Cholera in India, 1862 to 1881
Year: 1862
Disease focus: Cholera
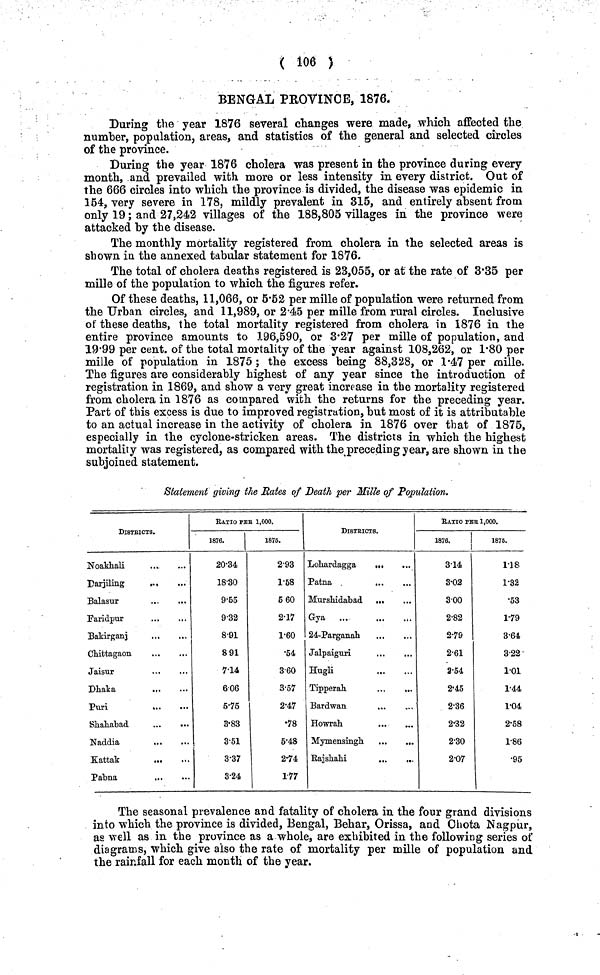
( 106 )
BENGAL PEOVINCE, 1876.
During the year 1876 several changes were made, which affected the
number, population, areas, and statistics of the general and selected circles
of the province.
During the year 1876 cholera was present in the province during every
month, and prevailed with more or less intensity in every district. Out of
the 666 circles into which the province is divided, the disease was epidemic in
154, very severe in 178, mildly prevalent in 315, and entirely absent from
only 19; and 27,242 villages of the 188,805 villages in the province were
attacked by the disease.
The monthly mortality registered from cholera in the selected areas is
shown in the annexed tabular statement for 1876.
The total of cholera deaths registered is 23,055, or at the rate of 3·35 per
mille of the population to which the figures refer.
Of these deaths, 11,066, or 5·52 per mille of population were returned from
the Urban circles, and 11,989, or 2·45 per mille from rural circles. Inclusive
of these deaths, the total mortality registered from cholera in 1876 in the
entire province amounts to 196,590, or 3·27 per mille of population, and
19·99 per cent, of the total mortality of the year against 108,262, or 1·80 per
mille of population in 1875; the excess being 88,328, or 1·47 per mille.
The figures are considerably highest of any year since the introduction of
registration in 1869, and show a very great increase in the mortality registered
from cholera in 1876 as compared with the returns for the preceding year.
Part of this excess is due to improved registration, but most of it is attributable
to an actual increase in the activity of cholera in 1876 over that of 1875,
especially in the cyclone-stricken areas. The districts in which the highest
mortality was registered, as compared with the preceding year, are shown in the
subjoined statement.
Statement giving the Rates of Death per Milk of Population.
DISTRICTS.
Noakhali
Darjiling
Balasur
Faridpur
Baldrganj
Chittagaon
Jaisur
Dhaka
Puri
...
Shahabad ...
Naddia
Kattak
Pabna
RATIO PER 1,000.
1876.
20·34
18·30
9·55
9·32
8·91
891
7·14
6·06
5·75
3·83
3·51
3·37
3·24
1876.
2·93
1·58
5 60
2·17
1·60
.54
3·60
3·57
2·47
·78
6·48
2·74
1·77
DISTRICTS.
Lohardagga
...
Patna
Murshidabad
Gya
24-Parganah
Jalpaiguri
Hugli
Tipperah.
...
...
Bardwan
Howrah
Mymensinghi
Rajshahi
...
...
RATIO PER 1,000.
1876.
3·14
3·02
3·00
2·82
2·79
2·61
2·54
2·45
2·36
2·32
2·30
2·07
1875.
1·18
1·32
·53
1·79
3·64
3·22
1·01
1·44
1·04
2·58
1·86
·95
The seasonal prevalence and fatality of cholera in the four grand divisions
into which the province is divided, Bengal, Behar, Orissa, and Chota Nagpur,
as well as in the province as a whole, are exhibited in the following series of
diagrams, which give also the rate of mortality per mille of population and
the rainfall for each month of the year.